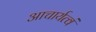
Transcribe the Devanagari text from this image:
आचार्यत्वं